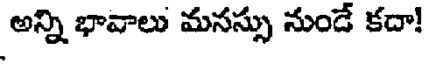
అన్ని భావాలు మనస్సు నుండే కదా!